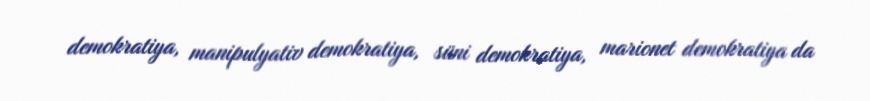
demokratiya, manipulyativ demokratiya, süni demokratiya, marionet demokratiya da